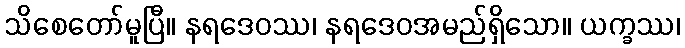
သိစေတော်မူပြီ။ နရဒေဝဿ၊ နရဒေဝအမည်ရှိသော။ ယက္ခဿ၊